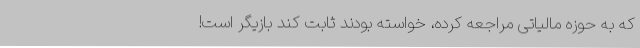
که به حوزه مالیاتی مراجعه کرده، خواسته بودند ثابت کند بازیگر است!